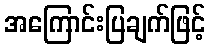
အကြောင်းပြချက်ဖြင့်